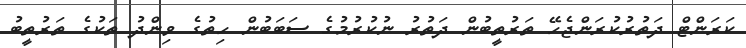
ކަރަންޓް ދަތުރުކުރަންޖެހޭ ތަރުތީބުން ދަތުރު ނުކުރުމުގެ ސަބަބުން ހިތުގެ ވިންދު ތަކުގެ ތަރުތީބު